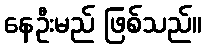
နေဦးမည် ဖြစ်သည်။